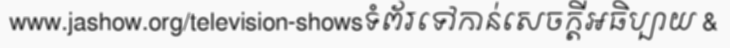
www.jashow.org/television-showsទំព័រទៅកាន់សេចក្តីអធិប្បាយ &